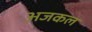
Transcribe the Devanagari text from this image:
अजकल